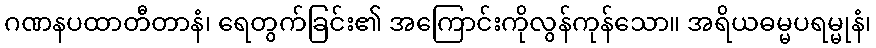
ဂဏနပထာတီတာနံ၊ ရေတွက်ခြင်း၏ အကြောင်းကိုလွန်ကုန်သော။ အရိယဓမ္မပရမ္မုနံ၊